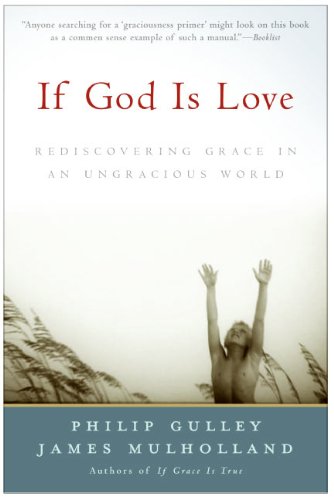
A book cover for If God Is Love: Rediscovering Grace in an Ungracious World; Philip Gulley; Christian Books & Bibles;